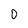
Character: 0